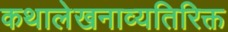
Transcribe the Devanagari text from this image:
कथालेखनाव्यतिरिक्त